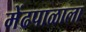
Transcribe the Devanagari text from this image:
मेंढपाळाला